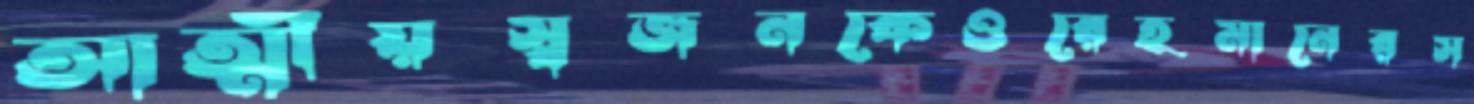
আত্মীয়স্বজনকেওরেহমানেরস